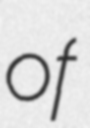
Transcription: of